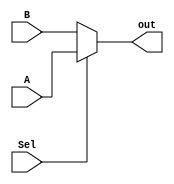
//-----------------------------------------------------------------------------
// Universidade Estadual de Feira de Santana
// TEC499 - MI - Sistemas Digitais
// Antares-R2 2016.1
//
// Module: mux_2_32.v
// Desc: Multiplex 2 signals of 32 bits into 1 signal of 32 bits
// Inputs:
// 	A: First 32 bits value beign multiplex (Selector = High)
//  B: Second 32 bits value beign multiplex (Selector = Low)
//  sel: Selector key
// Outputs:
// 	out: The Binary input selected
//-----------------------------------------------------------------------------

`ifndef _mux_2_32
`define _mux_2_32

module mux_2_32(
      input [31:0] A, B,
      input Sel,
      output [31:0] out
    );

    assign out = (Sel)? A : B;
endmodule

`endif